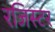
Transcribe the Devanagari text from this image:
रजिस्टर